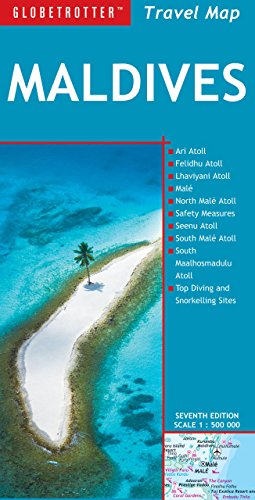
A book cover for Maldives Travel Map (Globetrotter Travel Map); Globetrotter; Travel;